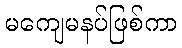
မကျေမနပ်ဖြစ်ကာ